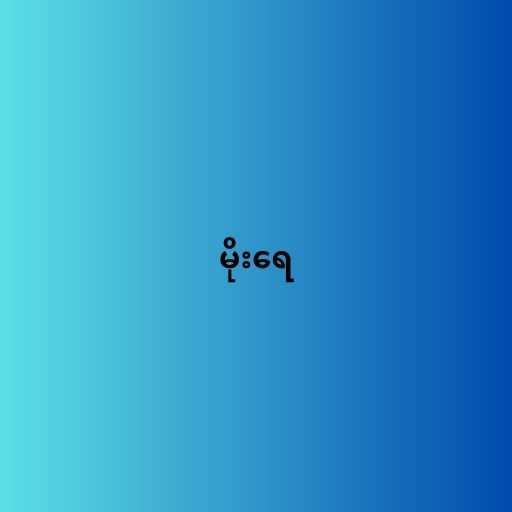
မိုးရေ